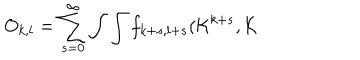
LaTeX: O _ { k , l } = \sum _ { s = 0 } ^ { \infty } \int \int f _ { k + s , l + s } ( { \cal K } ^ { k + s } , { \cal K }